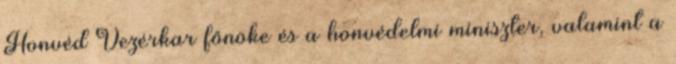
Honvéd Vezérkar főnöke és a honvédelmi miniszter, valamint a